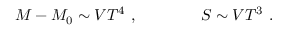
M - M _ { 0 } \sim V T ^ { 4 } \ , \qquad \qquad S \sim V T ^ { 3 } \ .